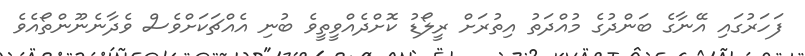
ފަހަރުގައި އޭނާގެ ބަންދުގެ މުއްދަތު އިތުރަށް ރީލޯޑު ކޮށްދެއްވީތީވެ ބުނި އެއްޗަކަށްވެސް ވެދާނެނޫންތޯއެވެ